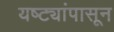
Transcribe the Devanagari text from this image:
यष्ट्यांपासून